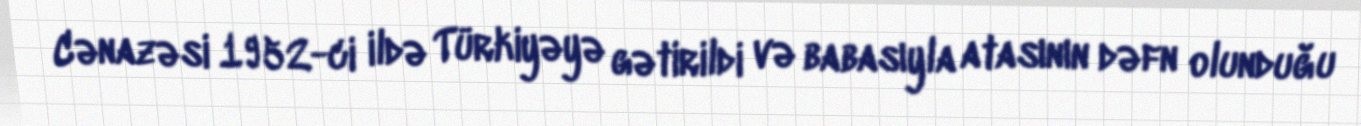
Cənazəsi 1952-ci ildə Türkiyəyə gətirildi və babasıyla atasının dəfn olunduğu